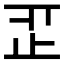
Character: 𣥒